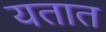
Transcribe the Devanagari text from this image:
यतात